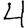
Digit: 4